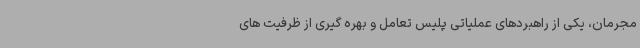
مجرمان، یکی از راهبردهای عملیاتی پلیس تعامل و بهره گیری از ظرفیت های